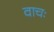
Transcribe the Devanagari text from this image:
वाचः